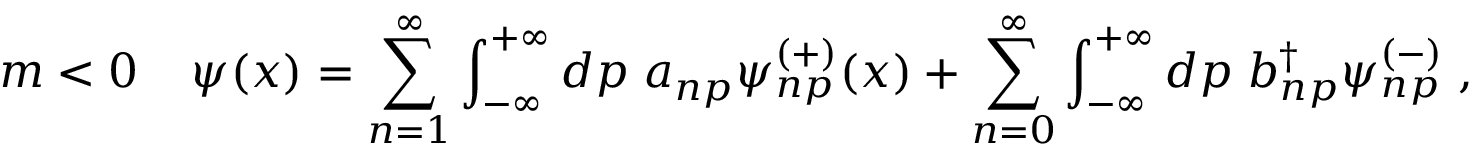
m < 0 \; \; \; \; \psi ( x ) = \sum _ { n = 1 } ^ { \infty } \int _ { - \infty } ^ { + \infty } d p \; a _ { n p } \psi _ { n p } ^ { ( + ) } ( x ) + \sum _ { n = 0 } ^ { \infty } \int _ { - \infty } ^ { + \infty } d p \; b _ { n p } ^ { \dag } \psi _ { n p } ^ { ( - ) } \; ,